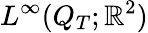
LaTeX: L^{\infty}(Q_{T};\mathbb{R}^{2})